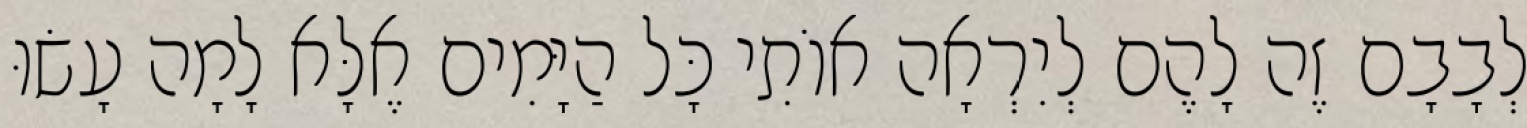
לְבָבָם זֶה לָהֶם לְיִרְאָה אוֹתִי כָּל הַיָּמִים אֶלָּא לָמָה עָשׂוּ